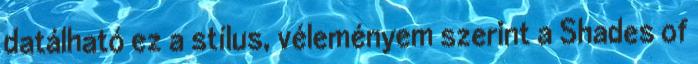
datálható ez a stílus, véleményem szerint a Shades of